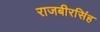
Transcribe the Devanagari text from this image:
राजबीरसिंह